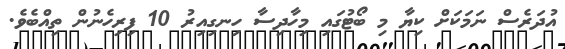
އުދަރެސް ނަމަކަށް ކިޔާ މި ބޯޓުގައި މިހާދިސާ ހިނގިއިރު 10 ފިރިހެނުން ތިއްބެވެ.